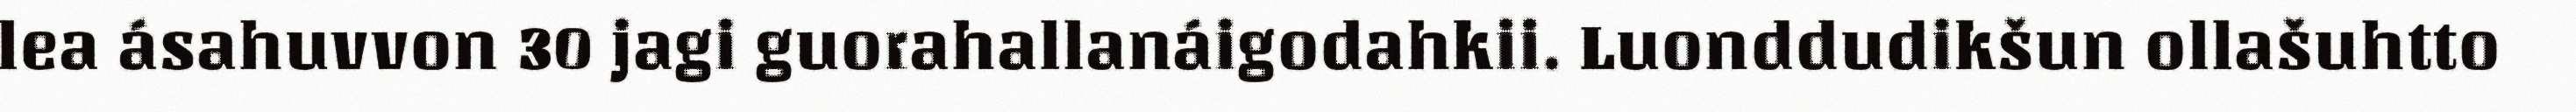
lea ásahuvvon 30 jagi guorahallanáigodahkii. Luonddudikšun ollašuhtto